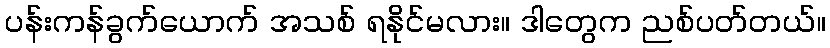
ပန်းကန်ခွက်ယောက် အသစ် ရနိုင်မလား။ ဒါတွေက ညစ်ပတ်တယ်။